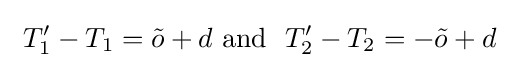
\ T_{1}'-T_{1}={\tilde {o}}+d{\text{ and }}\ T_{2}'-T_{2}=-{\tilde {o}}+d